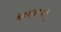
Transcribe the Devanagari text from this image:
वेळकाढूपणाचे